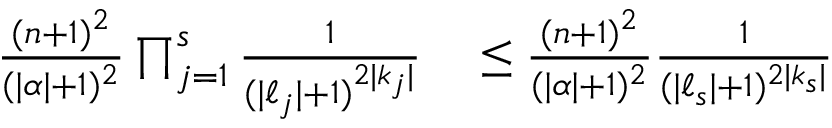
\begin{array} { r l } { \frac { ( n + 1 ) ^ { 2 } } { ( | { \boldsymbol { \alpha } } | + 1 ) ^ { 2 } } \prod _ { j = 1 } ^ { s } \frac { 1 } { ( | { \boldsymbol { \ell } } _ { j } | + 1 ) ^ { 2 | { \boldsymbol { k } } _ { j } | } } } & { { } \leq \frac { ( n + 1 ) ^ { 2 } } { ( | { \boldsymbol { \alpha } } | + 1 ) ^ { 2 } } \frac { 1 } { ( | { \boldsymbol { \ell } } _ { s } | + 1 ) ^ { 2 | { \boldsymbol { k } } _ { s } | } } } \end{array}